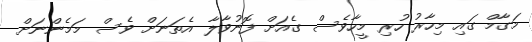
މަގާމް ގައި މިހާރު ހުރި މީހާވެސް ގެއަށް ފޮނުވާލާ އެތަނަށް ވެސް މަމެންނަށް